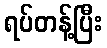
ရပ်တန့်ပြီး